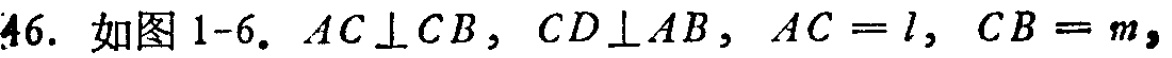
46. 如图1-6. \(AC\perp CB\)，\(CD\perp AB\)，\(AC = l\)，\(CB = m\)，